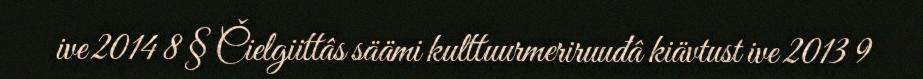
ive 2014 8 § Čielgiittâs säämi kulttuurmeriruuđâ kiävtust ive 2013 9